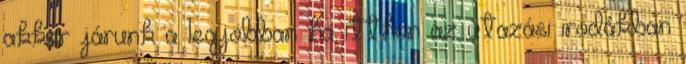
akkor járunk a legjobban ha itthon az utazási irodákban